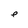
Character: e